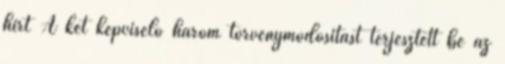
hírt A két képviselő három törvénymódosítást terjesztett be az